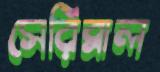
সেরিব্রাল